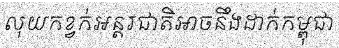
លុយកខ្វក់អន្តរជាតិអាចនឹងដាក់កម្ពុជា